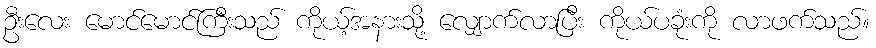
ဦးလေး မောင်မောင်ကြီးသည် ကိုယ့်အနားသို့ လျှောက်လာပြီး ကိုယ်ပခုံးကို လာဖက်သည်။